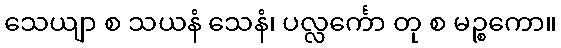
သေယျာ စ သယနံ သေနံ၊ ပလ္လင်္ကော တု စ မဉ္စကော။